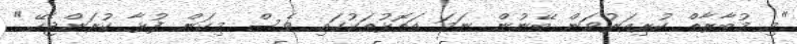
"މި މުބާރާތް ކުރިއަރުވަން ބޭނުން ނަމަ އަތޮޅުތަކުގައި ވެސް މިކަން ފުޅާ ކުރަންޖެހޭ."